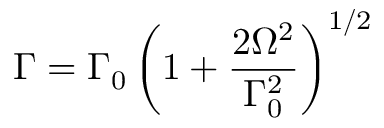
\Gamma = \Gamma _ { 0 } \left( 1 + \frac { 2 \Omega ^ { 2 } } { \Gamma _ { 0 } ^ { 2 } } \right) ^ { 1 / 2 }